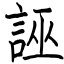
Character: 誣